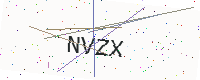
Text: NVZX